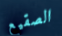
الصقيع